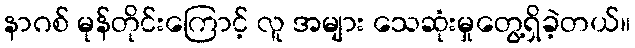
နာဂစ် မုန်တိုင်းကြောင့် လူ အများ သေဆုံးမှုတွေ့ရှိခဲ့တယ်။